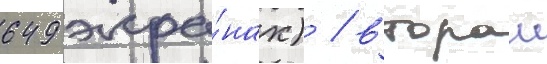
649 экра́нах) / второи